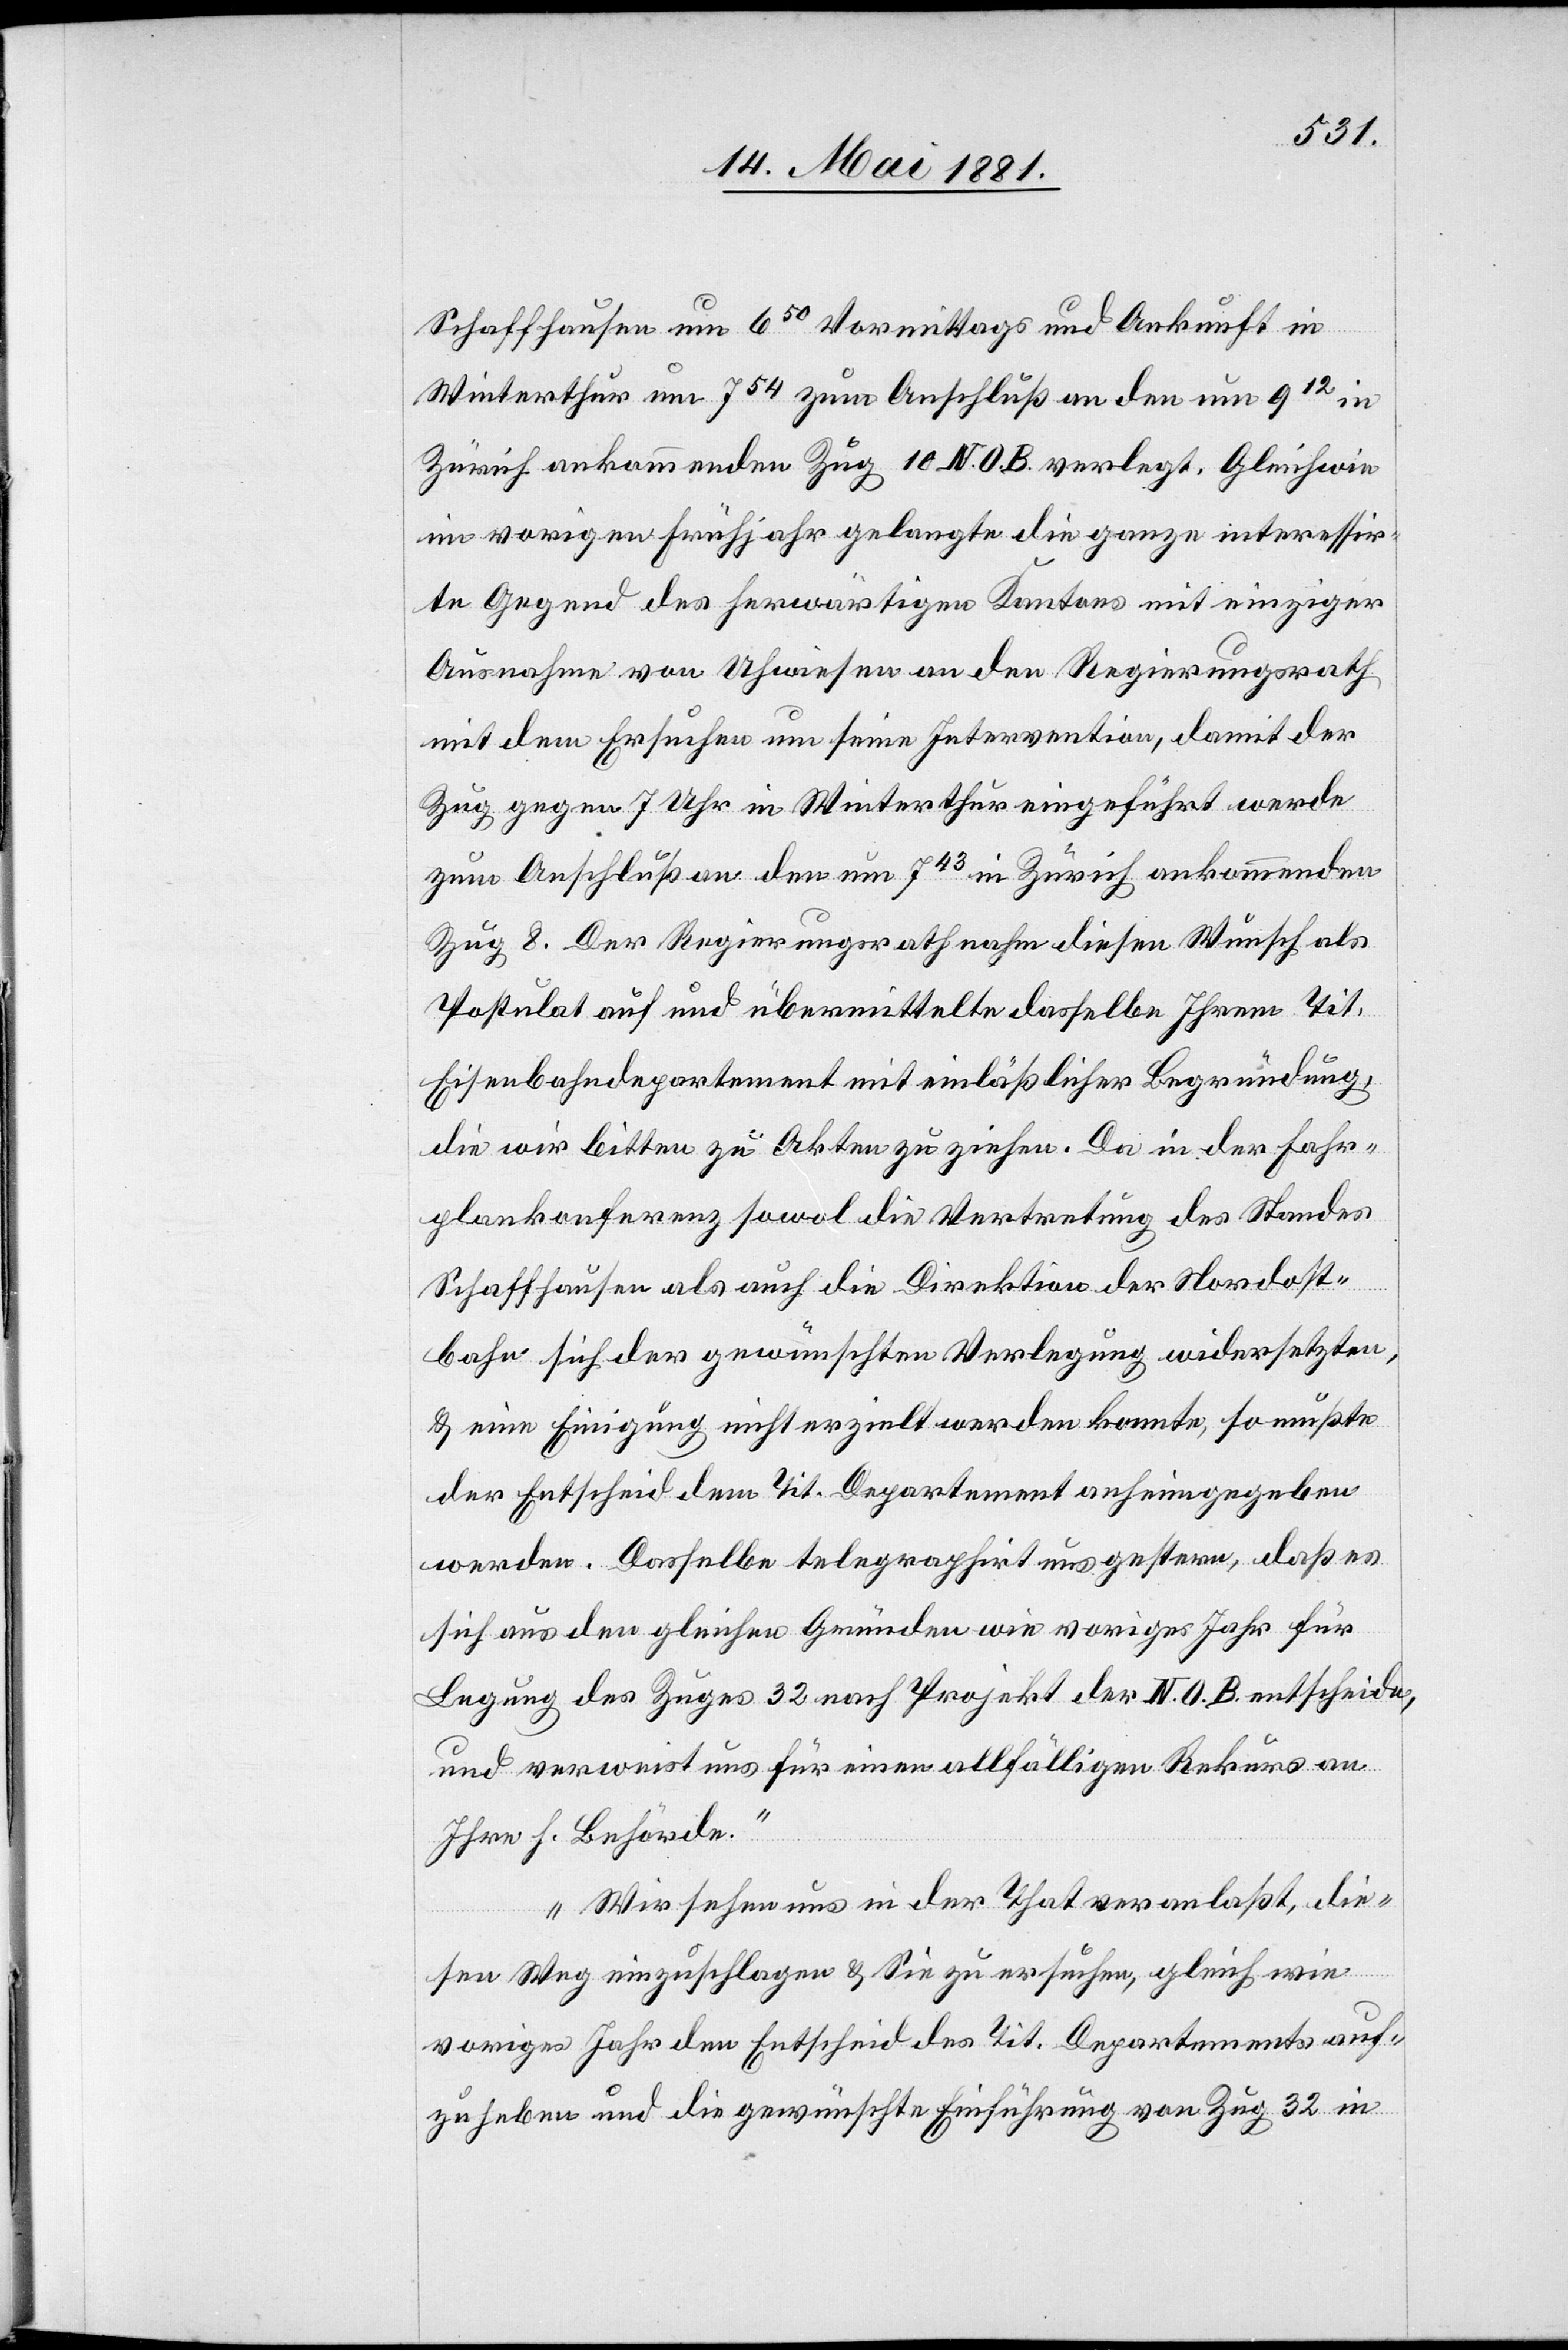
Schaffhausen um 650 Vormittags und Ankunft in
Winterthur um 754 zum Anschluß an den um 912 in
Zürich ankommenden Zug 10 N. O. B. verlegt. Gleich wie
im vorigen Frühjahr gelangte die ganze interessir¬
te Gegend des herwärtigen Kantons mit einziger
Ausnahme von Uhwiesen an den Regierungsrath
mit dem Ersuchen um seine Intervention, damit der
Zug gegen 7 Uhr in Winterthur eingeführt werde
zum Anschluß an den um 743 in Zürich ankommenden
Zug 8. Der Regierungsrath nahm diesen Wunsch als
Postulat auf und übermittelte dasselbe Ihrem Tit.
Eisenbahndepartement mit einläßlicher Begründung,
die wir bitten zu Akten zu ziehen. Da in der Fahr¬
plankonferenz sowol die Vertretung des Standes
Schaffhausen als auch die Direktion der Nordost¬
bahn sich der gewünschten Verlegung widersetzen,
& eine Einigung nicht erzielt werden konnte, so müßte
der Entscheid dem Tit. Departement anheimgegeben
werden. Dasselbe telegraphirt uns gestern, daß es
sich aus den gleichen Gründen wie voriges Jahr für
Legung des Zuges 32 nach Projekt der N. O. B. entscheide,
und verweist uns für einen allfälligen Rekurs an
Ihre h. Behörde.
Wir sehen uns in der That veranlaßt, die¬
sen Weg einzuschlagen & Sie zu ersuchen, gleich wie
voriges Jahr den Entscheid des Tit. Departements auf¬
zuheben und die gewünschte Einführung von Zug 32 in